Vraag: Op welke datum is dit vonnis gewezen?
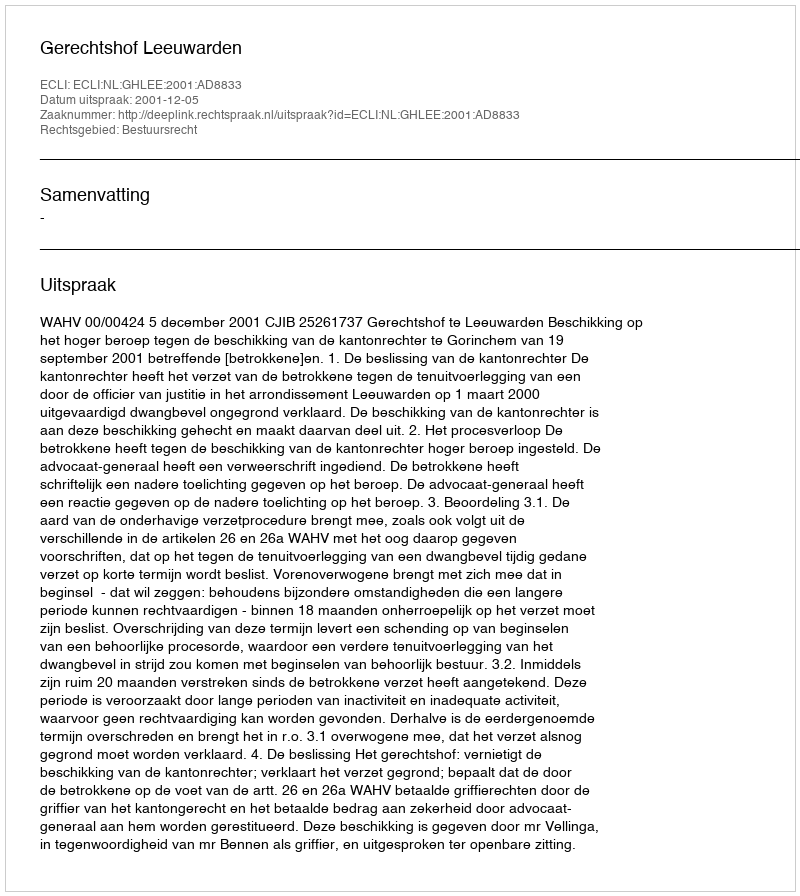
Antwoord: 2001-12-05